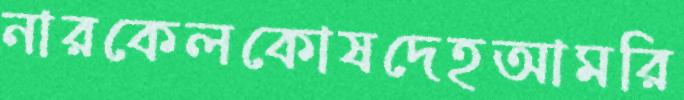
নারকেলকোষদেহআমরি